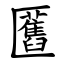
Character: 匶